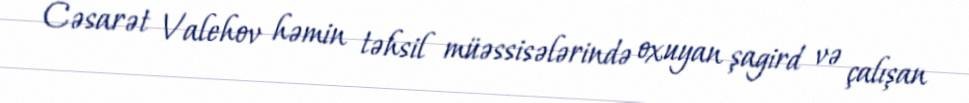
Cəsarət Valehov həmin təhsil müəssisələrində oxuyan şagird və çalışan